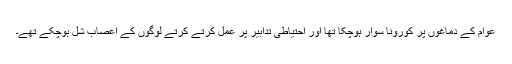
عوام کے دماغوں پر کورونا سوار ہوچکا تھا اور احتیاطی تدابیر پر عمل کرتے کرتے لوگوں کے اعصاب شل ہوچکے تھے۔